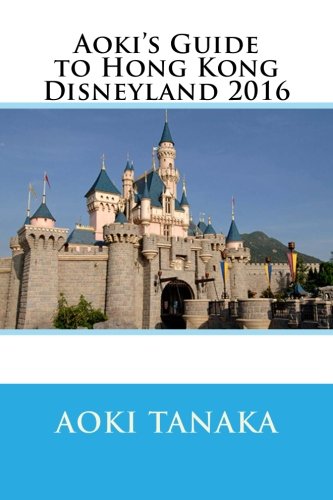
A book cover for Aoki's Guide to Hong Kong Disneyland 2016; Aoki Tanaka; Travel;